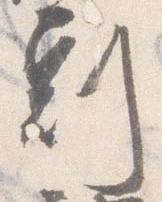
刻